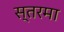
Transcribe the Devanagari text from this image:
स्तरमा